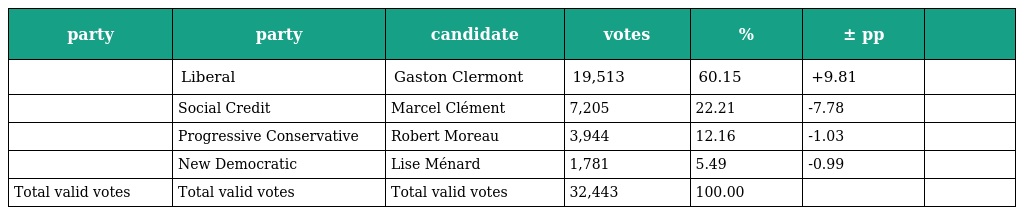
| party | party | candidate | votes | % | ± pp |  |
 | --- | --- | --- | --- | --- | --- | --- |
 |  | Liberal | Gaston Clermont | 19,513 | 60.15 | +9.81 |  |
 |  | Social Credit | Marcel Clément | 7,205 | 22.21 | -7.78 |  |
 |  | Progressive Conservative | Robert Moreau | 3,944 | 12.16 | -1.03 |  |
 |  | New Democratic | Lise Ménard | 1,781 | 5.49 | -0.99 |  |
 | Total valid votes | Total valid votes | Total valid votes | 32,443 | 100.00 |  |  |